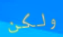
ولكن